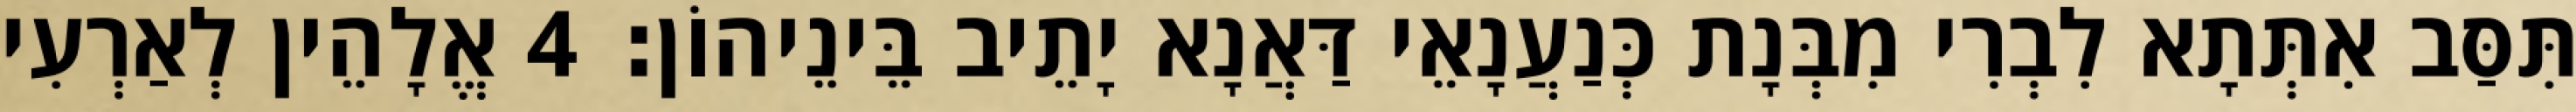
תִּסַּב אִתְּתָא לִבְרִי מִבְּנָת כְּנַעֲנָאֵי דַּאֲנָא יָתֵיב בֵּינֵיהוֹן׃ 4 אֱלָהֵין לְאַרְעִי